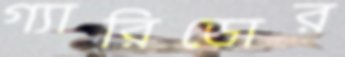
গ্যারিডোর